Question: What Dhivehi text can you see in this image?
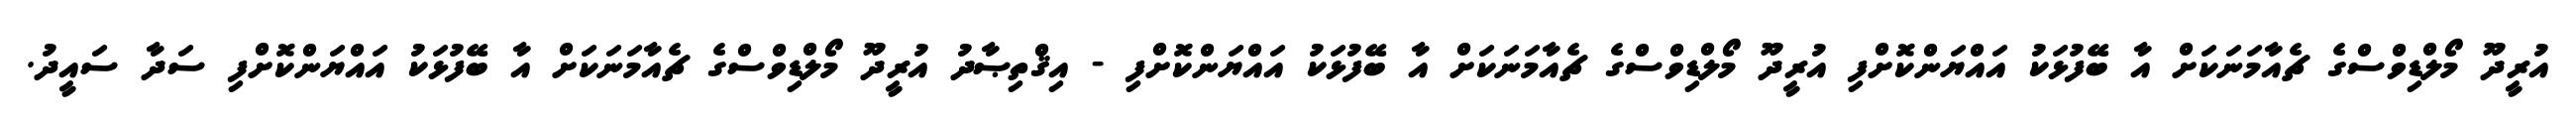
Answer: އުރީދޫ މޯލްޑިވްސްގެ ޗެއާމަނަކަށް އާ ބޭފުޅަކު އައްޔަންކޮށްފި އުރީދޫ މޯލްޑިވްސްގެ ޗެއާމަނަކަށް އާ ބޭފުޅަކު އައްޔަންކޮށްފި - އިޤްތިޞާދު އުރީދޫ މޯލްޑިވްސްގެ ޗެއާމަނަކަށް އާ ބޭފުޅަކު އައްޔަންކޮށްފި ސަދާ ސައީދު.